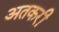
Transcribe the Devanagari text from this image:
अतकरी